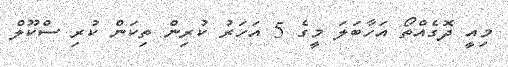
މިއީ ދޮގެއްތޯ އަހާބަލަ މީގެ 5 އަހަރު ކުރިން ތިކަން ކުރި ސްކޫލް